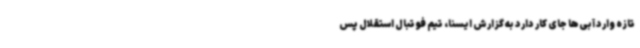
تازه وارد آبی‌ها جای کار دارد به گزارش ایسنا، تیم فوتبال استقلال پس